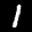
Label: 1